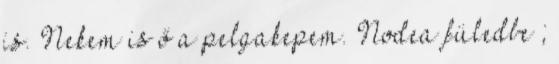
is. Nekem is ő a pelgakepem. Nodea füledbe ;